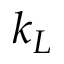
k _ { L }